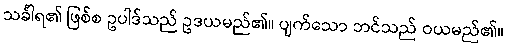
သင်္ခါရ၏ ဖြစ်စ ဥပါဒ်သည် ဥဒယမည်၏။ ပျက်သော ဘင်သည် ဝယမည်၏။